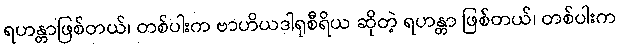
ရဟန္တာဖြစ်တယ်၊ တစ်ပါးက ဗာဟိယဒါရုစီရိယ ဆိုတဲ့ ရဟန္တာ ဖြစ်တယ်၊ တစ်ပါးက